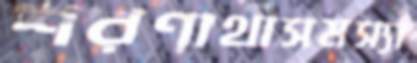
শরণার্থীসমস্যা